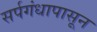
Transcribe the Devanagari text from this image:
सर्पगंधापासून